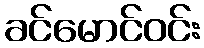
ခင်မောင်ဝင်း